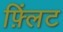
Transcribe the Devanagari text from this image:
फ़्लिंट